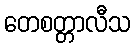
တေစတ္တာလီသ